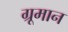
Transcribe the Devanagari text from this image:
ग्रूमान